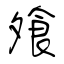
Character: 飧